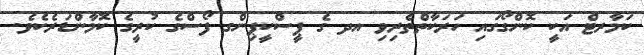
ކަމާރޓް އަކީ ކޮންގޯގައި ހަރަކާތްތެރިވި އދ ގެ ޕީސްކީޕިންގ ފޯސްގެ ކުރީގެ ކޮމާންޑަރެކެވެ.